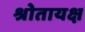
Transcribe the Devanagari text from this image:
श्रोतायक्ष